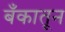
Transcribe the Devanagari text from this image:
बँकातून